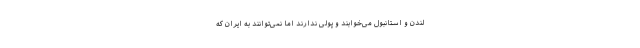
لندن و استانبول می‌خوابند و پولی ندارند اما نمی‌توانند به ایران که